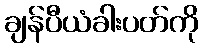
ချန်ပီယံခါးပတ်ကို